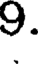
9.